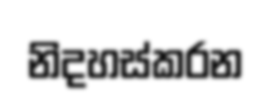
නිදහස්කරන